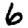
Digit: 6